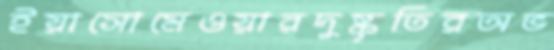
ইয়াসোমেওয়ারদুষ্কৃতিরঅভ